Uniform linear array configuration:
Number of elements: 64
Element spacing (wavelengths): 0.75
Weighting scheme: hamming
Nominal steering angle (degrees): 15
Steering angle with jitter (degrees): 16.94
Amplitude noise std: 0.05
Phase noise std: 0.05

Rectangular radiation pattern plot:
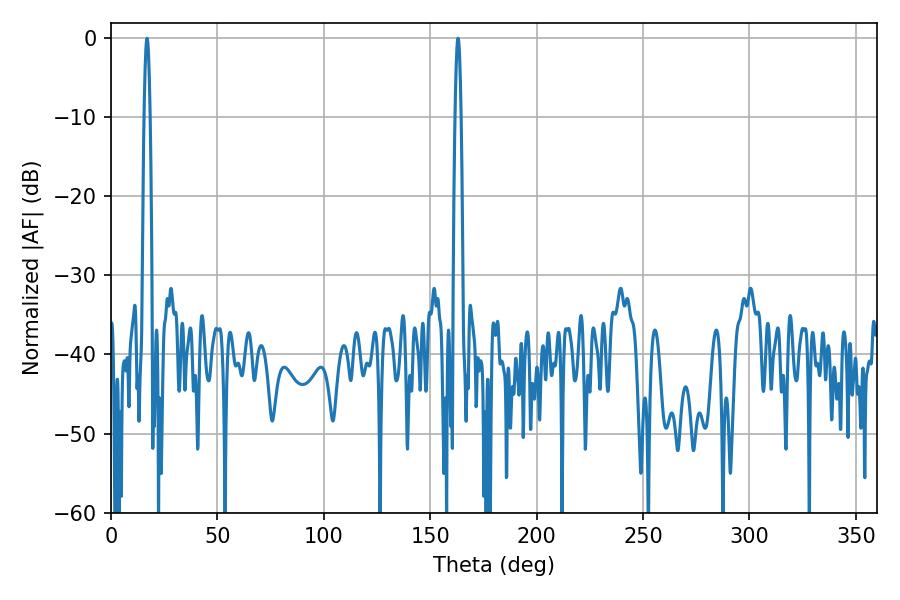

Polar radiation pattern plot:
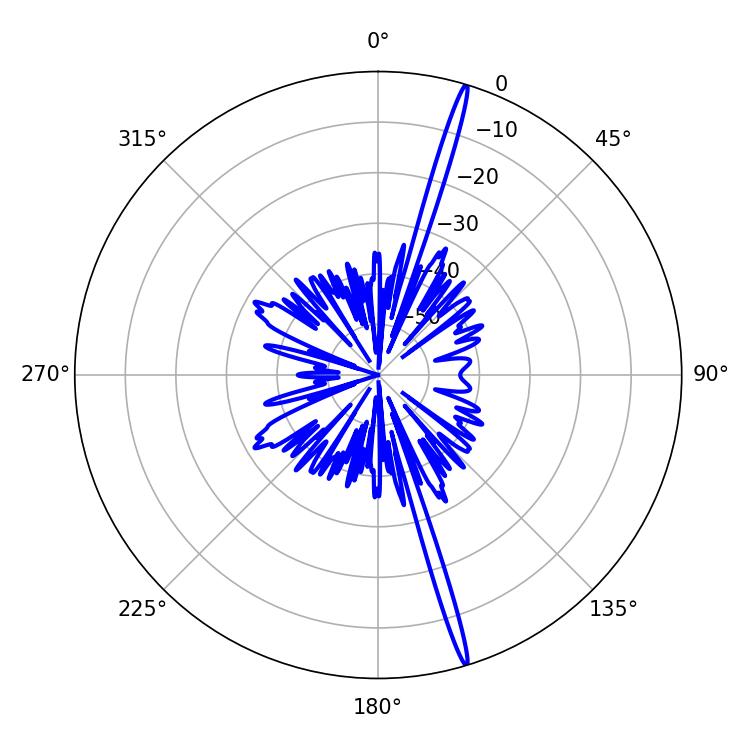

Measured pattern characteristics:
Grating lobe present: TRUE
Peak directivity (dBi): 20.581
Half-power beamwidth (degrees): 1.44
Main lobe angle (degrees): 16.92